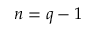
n = q - 1